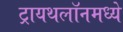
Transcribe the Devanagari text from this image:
ट्रायथलॉनमध्ये